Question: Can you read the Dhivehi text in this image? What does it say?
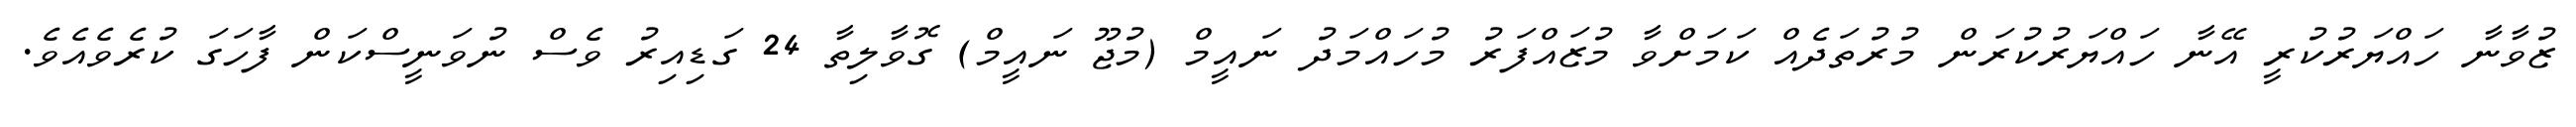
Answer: ޒުވާނާ ހައްޔަރުކުރީ އޭނާ ހައްޔަރުކުރަން މުރުތަދެއް ކަމަށްވާ މުޒައްފަރު މުހައްމަދު ނައީމް (މުޖޫ ނައީމް) ގޮވާލިތާ 24 ގަޑިއިރު ވެސް ނުވަނީސްކަން ފާހަގަ ކުރެވެއެވެ.